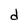
Character: d